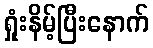
ရှုံးနိမ့်ပြီးနောက်